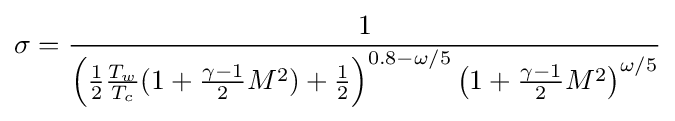
\sigma ={\frac {1}{\left({\frac {1}{2}}{\frac {T_{w}}{T_{c}}}(1+{\frac {\gamma -1}{2}}M^{2})+{\frac {1}{2}}\right)^{0.8-\omega /5}\left(1+{\frac {\gamma -1}{2}}M^{2}\right)^{\omega /5}}}